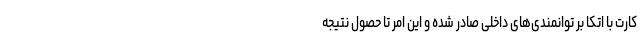
کارت با اتکا بر توانمندی‌های داخلی صادر شده و این امر تا حصول نتیجه